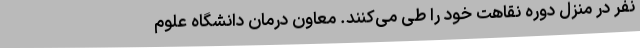
نفر در منزل دوره نقاهت خود را طی می‌کنند. معاون درمان دانشگاه علوم